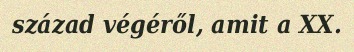
század végéről, amit a XX.